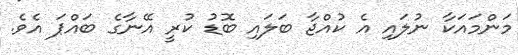
މަންމައަކާ ނުލައި އެ ކުއްޖާ ބަލައި ބޮޑު ކުރީ އޭނާގެ ބައްޕަ އެވެ.